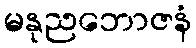
မနုညဘောဇနံ